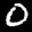
Label: 0